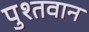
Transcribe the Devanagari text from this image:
पुश्तवान